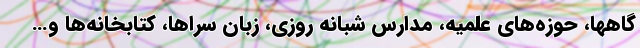
گاهها، حوزه‌های علمیه، مدارس شبانه روزی، زبان سراها، کتابخانه‌ها و…